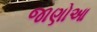
જાણોઆ